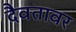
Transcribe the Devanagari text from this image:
दैवतावर